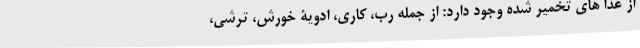
از غذا های تخمیر شده وجود دارد: از جمله رب، کاری، ادویۀ خورش، ترشی،